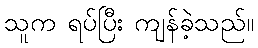
သူက ရပ်ပြီး ကျန်ခဲ့သည်။